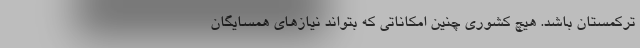
ترکمستان باشد. هیچ کشوری چنین امکاناتی که بتواند نیازهای همسایگان